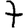
Digit: 7